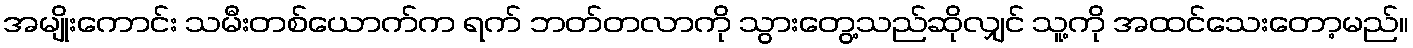
အမျိုးကောင်း သမီးတစ်ယောက်က ရက် ဘတ်တလာကို သွားတွေ့သည်ဆိုလျှင် သူ့ကို အထင်သေးတော့မည်။